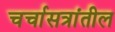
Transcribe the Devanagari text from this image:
चर्चासत्रांतील